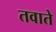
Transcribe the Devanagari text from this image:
तवाते